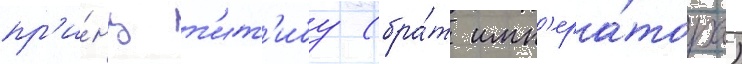
пр'и́нц т'ит'ибу (бра́т имп'ера́тора)